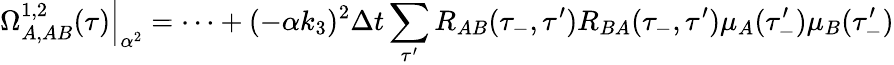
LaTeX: \Omega_{A,AB}^{1,2}(\tau)\Big|_{\alpha^{2}}=\dots+(-\alpha k_{3})^{2}\Delta t\sum_{\tau^{\prime}}R_{AB}(\tau_{-},\tau^{\prime})R_{BA}(\tau_{-},\tau^{\prime})\mu_{A}(\tau_{-}^{\prime})\mu_{B}(\tau_{-}^{\prime})